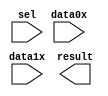
module Mux_16_Bit_2_to_1 (
	data0x,
	data1x,
	sel,
	result);

	input	[15:0]  data0x;
	input	[15:0]  data1x;
	input	  sel;
	output	[15:0]  result;

endmodule